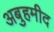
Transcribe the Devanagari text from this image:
अबुहमीद